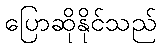
ပြောဆိုနိုင်သည်